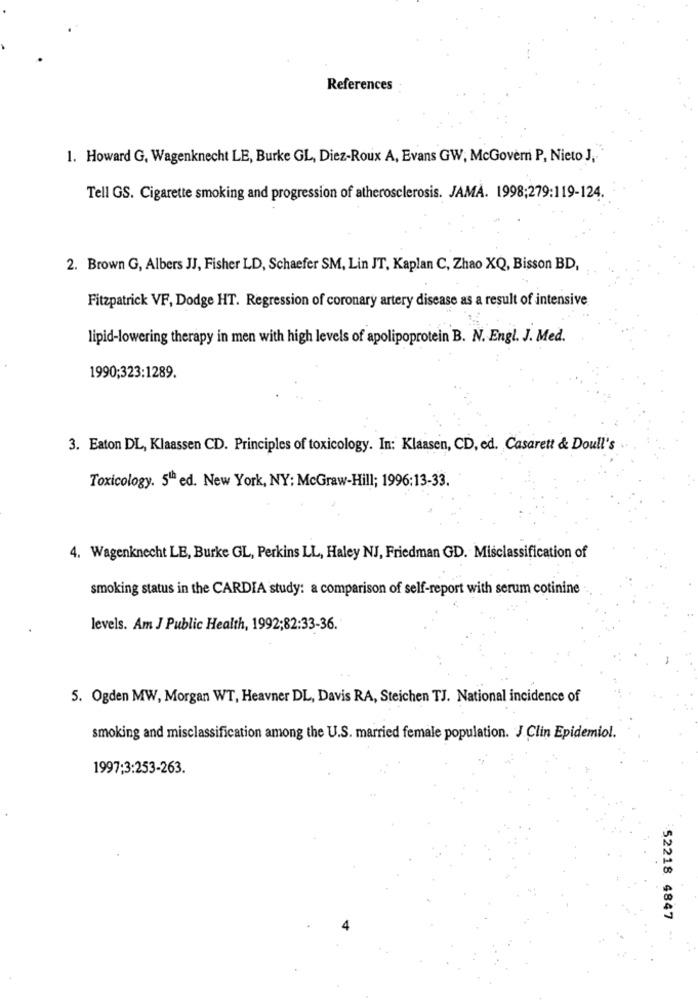
References
1. Howard G, Wagenknecht LE, Burke GL, Diez-Roux A, Evans GW, McGovern P, Nieto J,
Tell GS. Cigarette smoking and progression of atherosclerosis. JAMA. 1998;279:119-124.
2. Brown G, Albers JJ, Fisher LD, Schaefer SM, Lin JT, Kaplan C, Zhao XQ, Bisson BD,
Fitzpatrick VF, Dodge HT. Regression of coronary artery disease as a result of intensive
lipid-lowering therapy in men with high levels of apolipoprotein B. N. Engl. J. Med.
1990;323:1289.
3. Eaton DL, Klaassen CD. Principles of toxicology. In: Klaasen, CD, ed. Casarett & Doull's
Toxicology. 5" ed. New York, NY: McGraw-Hill; 1996:13-33.
4. Wagenknecht LE, Burke GL, Perkins LL, Haley NJ, Friedman GD. Misclassification of
smoking status in the CARDIA study: a comparison of self-report with serum cotinine
levels. Am J Public Health, 1992;82:33-36.
5. Ogden MW, Morgan WT, Heavner DL, Davis RA, Steichen TJ. National incidence of
smoking and misclassification among the U.S. married female population. J Clin Epidemiol.
1997:3:253-263.
52218 4847